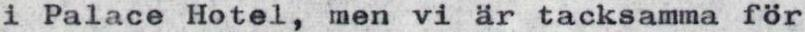
i Palace Hotel, men vi är tacksamma för